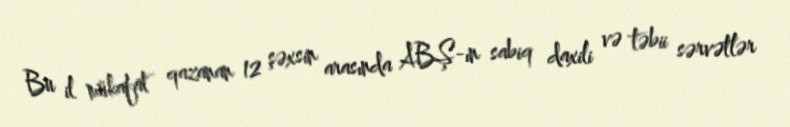
Bu il mükafat qazanan 12 şəxsin arasında ABŞ-ın sabiq daxili və təbii sərvətlər